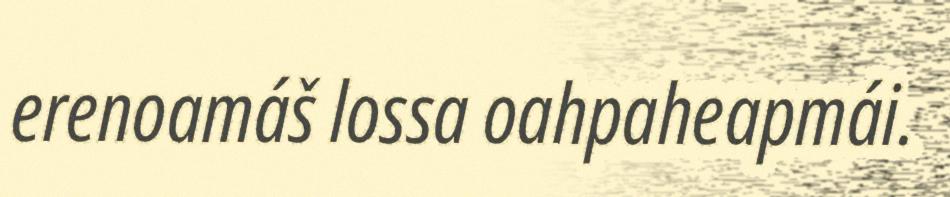
erenoamáš lossa oahpaheapmái.